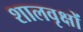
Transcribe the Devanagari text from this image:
शालवृक्षों